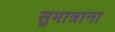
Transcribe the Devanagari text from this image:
सुमात्राना